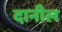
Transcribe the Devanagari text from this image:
दानील